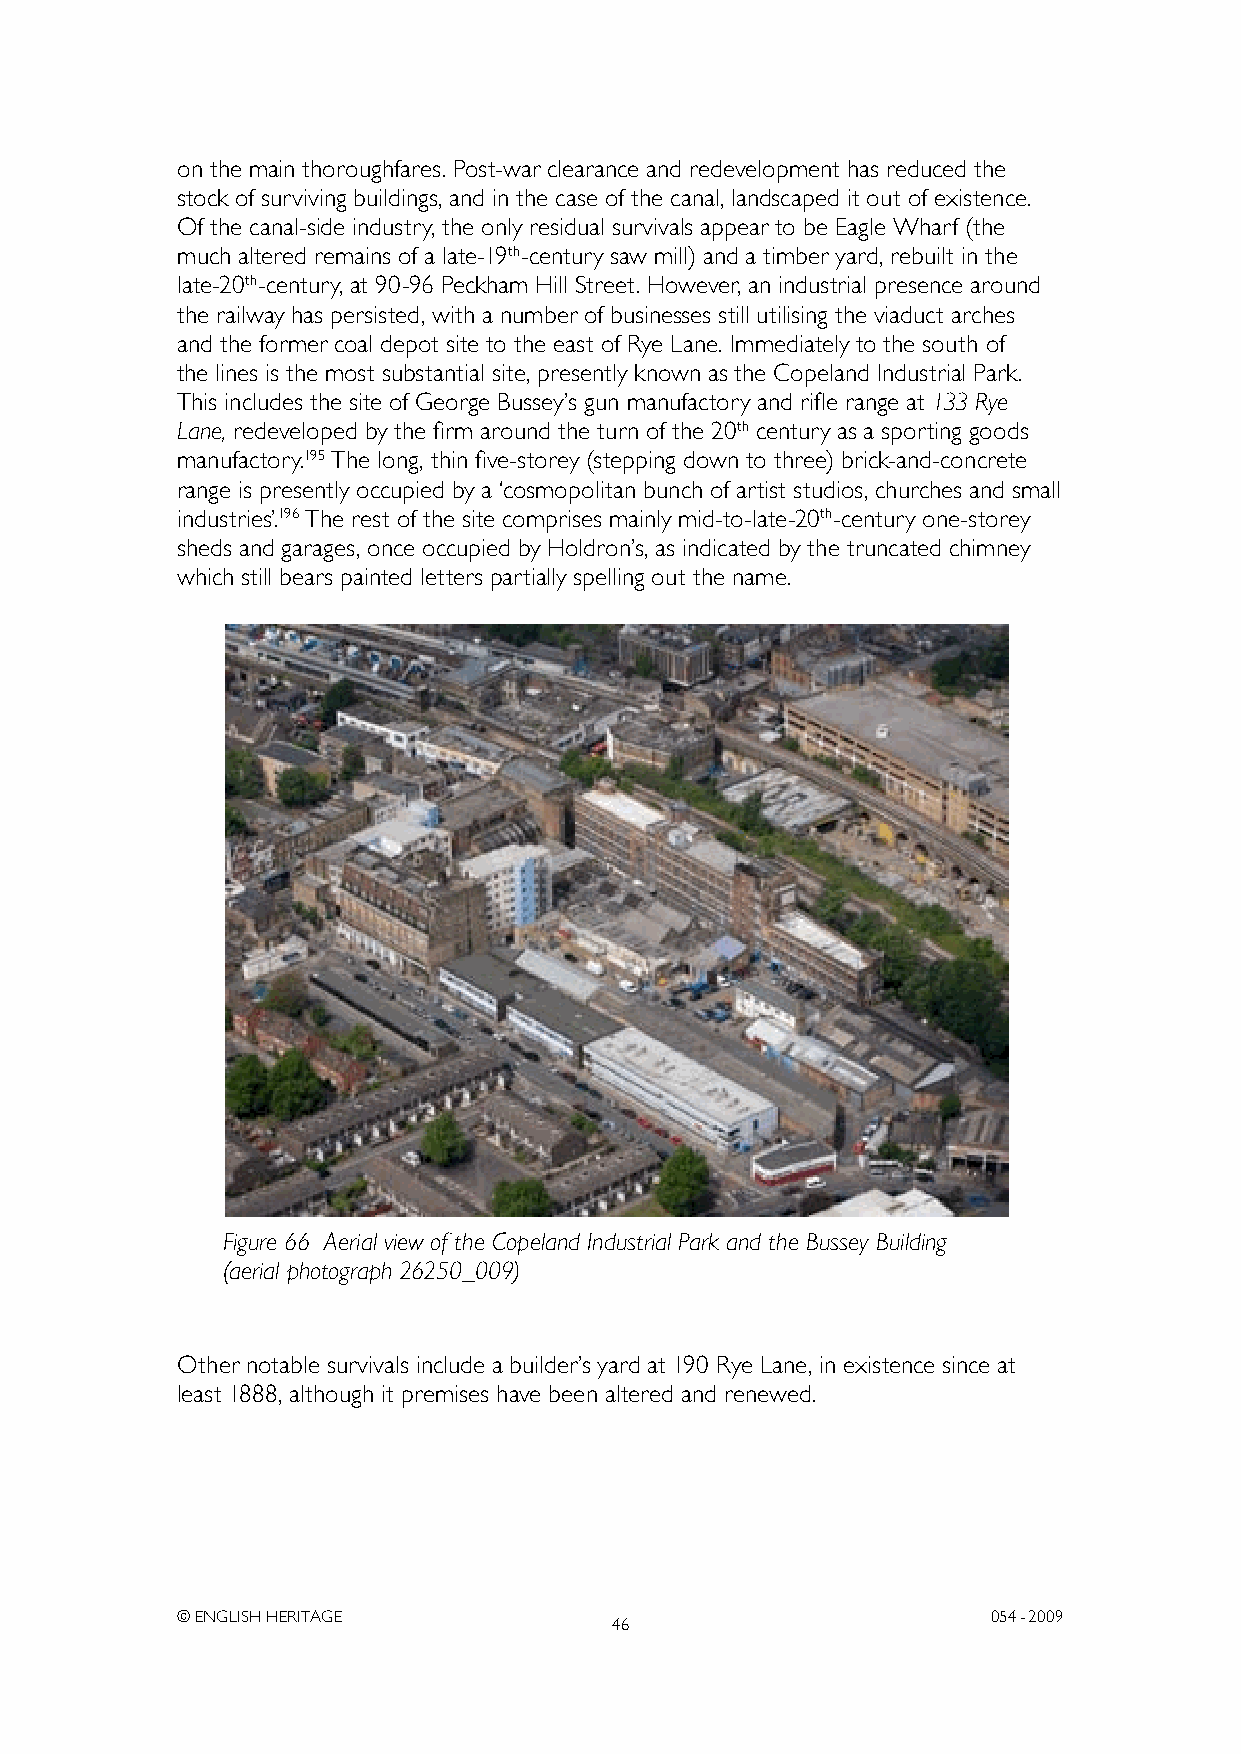
on the main thoroughfares. Post-war clearance and redevelopment has reduced the
 stock of surviving buildings, and in the case of the canal, landscaped it out of existence.
 Of the canal-side industry, the only residual survivals appear to be Eagle Wharf (the
 much altered remains of a late-19th-century saw mill) and a timber yard, rebuilt in the
 late-20th-century, at 90-96 Peckham Hill Street. However, an industrial presence around
 the railway has persisted, with a number of businesses still utilising the viaduct arches
 and the former coal depot site to the east of Rye Lane. Immediately to the south of
 the lines is the most substantial site, presently known as the Copeland Industrial Park.
 This includes the site of George Bussey’s gun manufactory and rifle range at 133 Rye
 Lane, redeveloped by the firm around the turn of the 20th century as a sporting goods
 manufactory.195 The long, thin five-storey (stepping down to three) brick-and-concrete
 range is presently occupied by a ‘cosmopolitan bunch of artist studios, churches and small
 industries’.196 The rest of the site comprises mainly mid-to-late-20th-century one-storey
 sheds and garages, once occupied by Holdron’s, as indicated by the truncated chimney
 which still bears painted letters partially spelling out the name.
 Figure 66 Aerial view of the Copeland Industrial Park and the Bussey Building
 (aerial photograph 26250_009)
 Other notable survivals include a builder’s yard at 190 Rye Lane, in existence since at
 least 1888, although it premises have been altered and renewed.
 © ENGLISH HERITAGE                                    054- 2009
 46